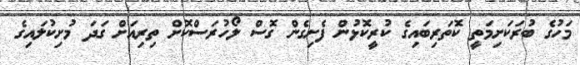
މަހުގެ ބުރަކަށިމަތީ ކޮތަރިބައިގެ ކުރީކޮޅުން ފެށިގެން ގޮސް ލޯހުރަސްކޮށް ތިރިއަށް ގަދަ މުށިކުލައިގެ